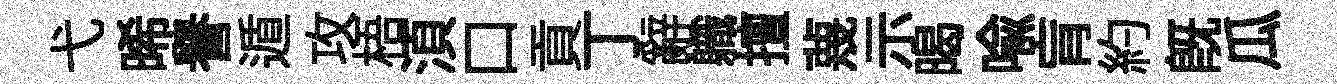
弋晞譽遁攻梧湏口貢丁辭軄擅蔑示暍喻肓約旣瓜